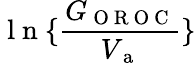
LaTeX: \mathrm{~l~n~}\{ \frac{G_{\mathrm{~O~R~O~C~}}}{V_{\mathrm{~a~}}}\}